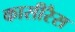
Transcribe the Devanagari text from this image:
कासीरैस